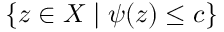
\{ z \in X \mid \psi ( z ) \leq c \}